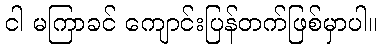
ငါ မကြာခင် ကျောင်းပြန်တက်ဖြစ်မှာပါ။